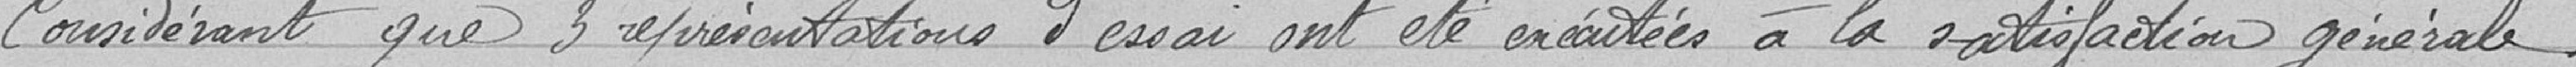
Considérant que 3 représentations d'essai ont été exécutées à a satisfaction générale